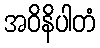
အဝိနိပါတံ